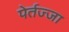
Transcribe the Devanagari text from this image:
पेर्तज्जा